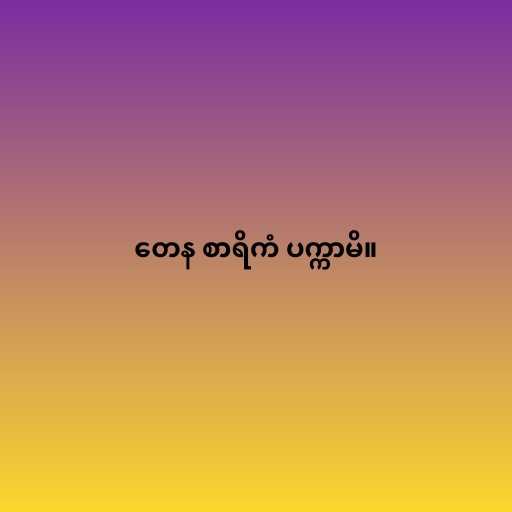
တေန စာရိကံ ပက္ကာမိ။